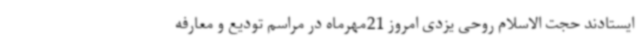
ایستادند حجت الاسلام روحی یزدی امروز 21مهرماه در مراسم تودیع و معارفه